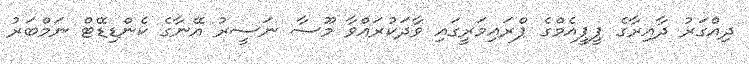
ދިއްގަރު ދާއިރާގެ ޕީޕީއެމްގެ ޕްރައިމަރީގައި ވާދަކުރައްވާ މޫސާ ނަސީރު އޭނާގެ ކެންޑިޑޭޓް ނަމްބަރު